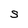
Character: s